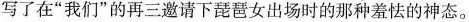
写了在”我们”的再三邀请下琵琶女出场时的那种羞怯的神态。